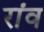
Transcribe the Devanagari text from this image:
रांव